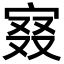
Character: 𡨤